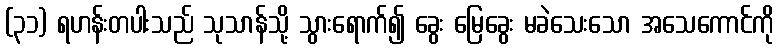
(၃၁) ရဟန်းတပါးသည် သုသာန်သို့ သွားရောက်၍ ခွေး မြေခွေး မခဲသေးသော အသေကောင်ကို